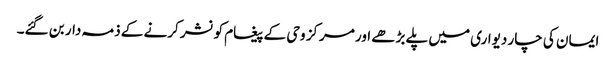
ایمان کی چار دیواری میں پلے بڑھے اور مرکز وحی کے پیغام کو نشر کرنے کے ذمہ دار بن گئے۔